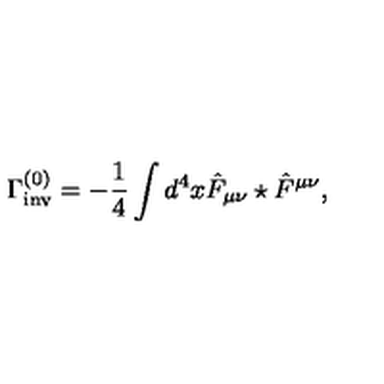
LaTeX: \Gamma _ { \mathrm { i n v } } ^ { ( 0 ) } = - \frac { 1 } { 4 } \int d ^ { 4 } x \hat { F } _ { \mu \nu } \star \hat { F } ^ { \mu \nu } ,